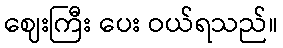
ဈေးကြီး ပေး ဝယ်ရသည်။